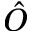
\hat { O }